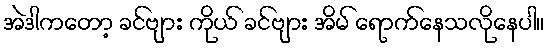
အဲဒါကတော့ ခင်ဗျား ကိုယ် ခင်ဗျား အိမ် ရောက်နေသလိုနေပါ။